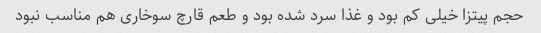
حجم پیتزا خیلی کم بود و غذا سرد شده بود و طعم قارچ سوخاری هم مناسب نبود